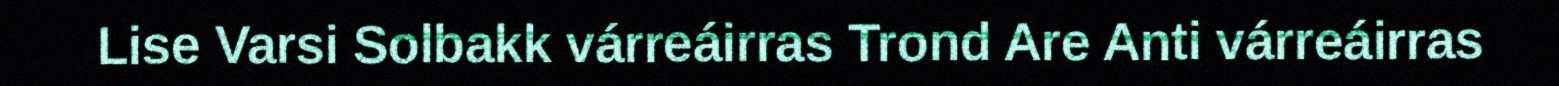
Lise Varsi Solbakk várreáirras Trond Are Anti várreáirras